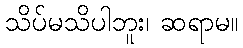
သိပ်မသိပါဘူး၊ ဆရာမ။